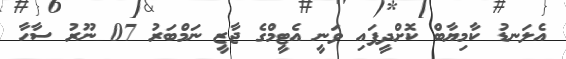
އެލަނޑު ކާމިޔާބް ކޮށްދީފައި ވަނީ އެޓީމްގެ ޖާޒީ ނަމްބަރު 07 ނޫރު ސާހާ